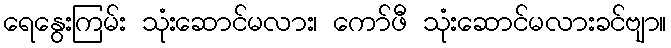
ရေနွေးကြမ်း သုံးဆောင်မလား၊ ကော်ဖီ သုံးဆောင်မလားခင်ဗျာ။